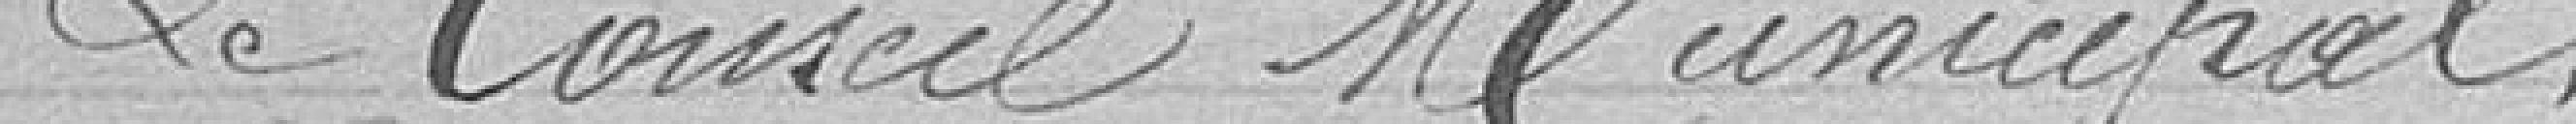
Le conseil municipal,